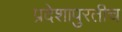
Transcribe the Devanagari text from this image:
प्रदेशापुरतीच